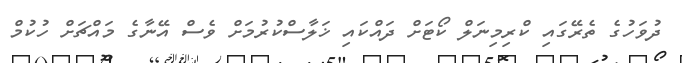
ދުވަހުގެ ތެރޭގައި ކްރިމިނަލް ކޯޓަށް ދައްކައި ޚަލާސްކުރުމަށް ވެސް އޭނާގެ މައްޗަށް ހުކުމް